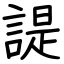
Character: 諟